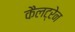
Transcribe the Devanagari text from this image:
कैलट्रेन